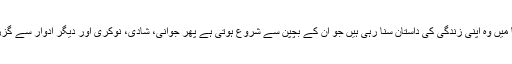
اپنی کتھا میں وہ اپنی زندگی کی داستان سنا رہی ہیں جو ان کے بچپن سے شروع ہوتی ہے پھر جوانی، شادی، نوکری اور دیگر ادوار سے گزرتی ہے۔